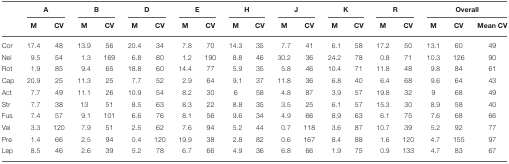
<table><thead><tr><td></td><td colspan="2"><b>A</b></td><td colspan="2"><b>B</b></td><td colspan="2"><b>D</b></td><td colspan="2"><b>E</b></td><td colspan="2"><b>H</b></td><td colspan="2"><b>J</b></td><td colspan="2"><b>K</b></td><td colspan="2"><b>R</b></td><td colspan="3"><b>Overall</b></td></tr><tr><td></td><td><b>M</b></td><td><b>CV</b></td><td><b>M</b></td><td><b>CV</b></td><td><b>M</b></td><td><b>CV</b></td><td><b>M</b></td><td><b>CV</b></td><td><b>M</b></td><td><b>CV</b></td><td><b>M</b></td><td><b>CV</b></td><td><b>M</b></td><td><b>CV</b></td><td><b>M</b></td><td><b>CV</b></td><td><b>M</b></td><td><b>CV</b></td><td><b>Mean CV</b></td></tr></thead><tbody><tr><td>Cor</td><td>17.4</td><td>48</td><td>13.9</td><td>56</td><td>20.4</td><td>34</td><td>7.8</td><td>70</td><td>14.3</td><td>35</td><td>7.7</td><td>41</td><td>6.1</td><td>58</td><td>17.2</td><td>50</td><td>13.1</td><td>60</td><td>49</td></tr><tr><td>Nei</td><td>9.5</td><td>54</td><td>1.3</td><td>169</td><td>6.8</td><td>80</td><td>1.2</td><td>190</td><td>8.8</td><td>46</td><td>30.2</td><td>36</td><td>24.2</td><td>78</td><td>0.8</td><td>71</td><td>10.3</td><td>126</td><td>90</td></tr><tr><td>Rot</td><td>1.9</td><td>85</td><td>9.4</td><td>65</td><td>18.8</td><td>60</td><td>14.4</td><td>77</td><td>5.9</td><td>35</td><td>5.8</td><td>46</td><td>10.4</td><td>71</td><td>11.8</td><td>48</td><td>9.8</td><td>84</td><td>61</td></tr><tr><td>Cap</td><td>20.9</td><td>25</td><td>11.3</td><td>25</td><td>7.7</td><td>52</td><td>2.9</td><td>64</td><td>9.1</td><td>37</td><td>11.8</td><td>36</td><td>6.8</td><td>40</td><td>6.4</td><td>68</td><td>9.6</td><td>64</td><td>43</td></tr><tr><td>Act</td><td>7.7</td><td>49</td><td>11.1</td><td>26</td><td>10.9</td><td>54</td><td>8.2</td><td>30</td><td>6</td><td>58</td><td>4.8</td><td>87</td><td>3.9</td><td>57</td><td>19.8</td><td>32</td><td>9</td><td>68</td><td>49</td></tr><tr><td>Str</td><td>7.7</td><td>38</td><td>13</td><td>51</td><td>8.5</td><td>63</td><td>8.3</td><td>22</td><td>8.8</td><td>35</td><td>3.5</td><td>25</td><td>6.1</td><td>57</td><td>15.3</td><td>30</td><td>8.9</td><td>58</td><td>40</td></tr><tr><td>Fus</td><td>7.4</td><td>57</td><td>9.1</td><td>101</td><td>6.6</td><td>76</td><td>8.1</td><td>56</td><td>9.6</td><td>34</td><td>4.9</td><td>66</td><td>8.9</td><td>63</td><td>6.1</td><td>75</td><td>7.6</td><td>68</td><td>66</td></tr><tr><td>Vei</td><td>3.3</td><td>120</td><td>7.9</td><td>51</td><td>2.5</td><td>62</td><td>7.6</td><td>94</td><td>5.2</td><td>44</td><td>0.7</td><td>118</td><td>3.6</td><td>87</td><td>10.7</td><td>39</td><td>5.2</td><td>92</td><td>77</td></tr><tr><td>Pre</td><td>1.4</td><td>66</td><td>2.5</td><td>94</td><td>0.4</td><td>120</td><td>19.9</td><td>38</td><td>2.8</td><td>82</td><td>0.6</td><td>167</td><td>8.4</td><td>88</td><td>1.6</td><td>120</td><td>4.7</td><td>155</td><td>97</td></tr><tr><td>Lep</td><td>8.5</td><td>46</td><td>2.6</td><td>39</td><td>5.2</td><td>78</td><td>6.7</td><td>66</td><td>4.9</td><td>36</td><td>6.8</td><td>66</td><td>1.9</td><td>75</td><td>0.9</td><td>133</td><td>4.7</td><td>83</td><td>67</td></tr></tbody></table>